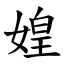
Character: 媓